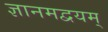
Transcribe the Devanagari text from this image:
ज्ञानमद्वयम्‌